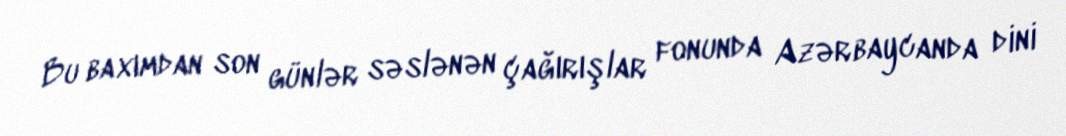
Bu baxımdan son günlər səslənən çağırışlar fonunda Azərbaycanda dini